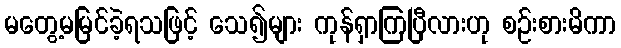
မတွေ့မမြင်ခဲ့ရသဖြင့် သေ၍များ ကုန်ရှာကြပြီလားဟု စဉ်းစားမိကာ